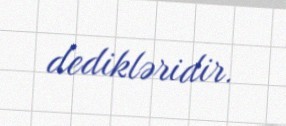
dedikləridir.